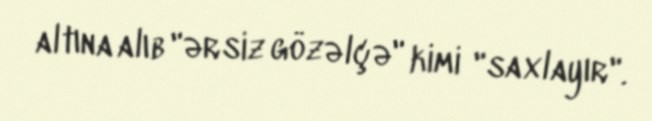
altına alıb "ərsiz gözəlçə" kimi "saxlayır".